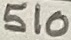
Text: 510